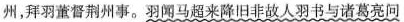
州，拜羽董督荆州事。羽闻马超来降旧非故人羽书与诸葛亮回